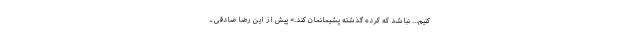
کنیم... نباشد که کرده گذشته پشیمانمان کند.» پیش از این رضا صادقی ـ